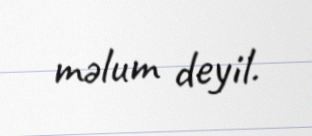
məlum deyil.